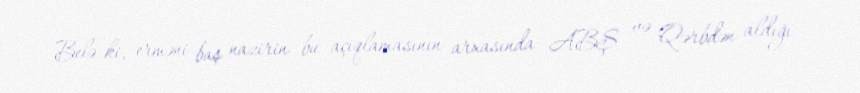
Belə ki, erməni baş nazirin bu açıqlamasının arxasında ABŞ və Qərbdən aldığı